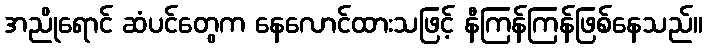
အညိုရောင် ဆံပင်တွေက နေလောင်ထားသဖြင့် နီကြန်ကြန်ဖြစ်နေသည်။